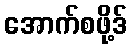
အောက်စဖို့ဒ်